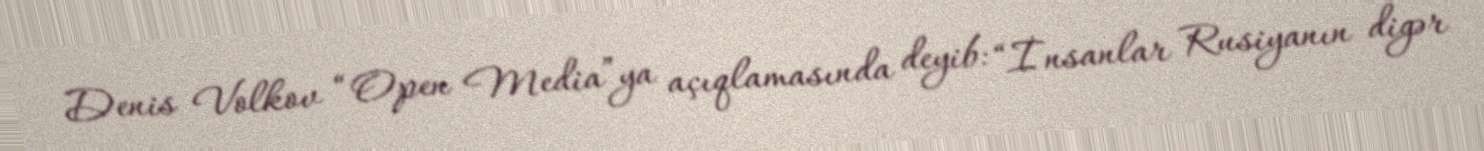
Denis Volkov “Open Media”ya açıqlamasında deyib: “İnsanlar Rusiyanın digər